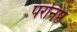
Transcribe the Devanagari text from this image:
परनिष्ठ